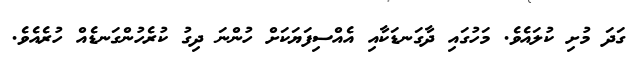
ގަދަ މުށި ކުލައެވެ. މަހުގައި ދާގަނޑަކާއި އެއްސިފަޔަކަށް ހުންނަ ދިގު ކުރެހުންގަނޑެއް ހުރެއެވެ.